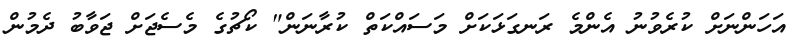
އަހަންނަށް ކުރެވުނު އެންމެ ރަނގަޅަކަށް މަސައްކަތް ކުރާނަން" ކޯޗުގެ މެސެޖަށް ޖަވާބު ދެމުން